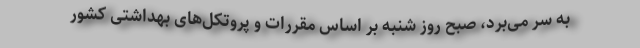
به سر می‌برد، صبح روز شنبه بر اساس مقررات و پروتکل‌های بهداشتی کشور